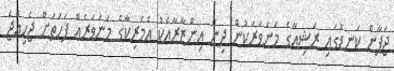
ޖަޕާން ކަނޑުގައި ރަޝިއާގެ މަނަވަރަކުން ދިން އިންޒާރާއެކު އެމެރިކާގެ މަނަވަރެއް ފަހަތަށް ޖެހިއްޖެ